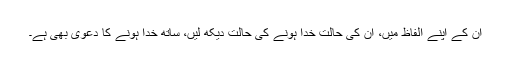
ان کے اپنے الفاظ میں، ان کی حالت خدا ہونے کی حالت دیکھ لیں، ساتھ خدا ہونے کا دعویٰ بھی ہے۔